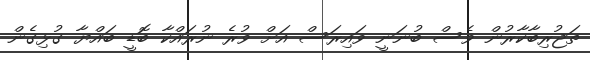
ތަޖުރިބާކާރުން ވެސް ބުނަނީ ވައިރަސް އަށް ވުރެ ނުރައްކާ ބޮޑީ ބައްޔާ ގުޅިގެން